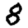
Digit: 8